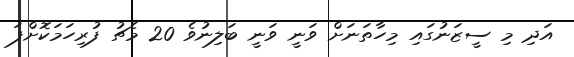
އަދި މި ސީޒަނުގައި މިހާތަނަށް ވަނީ ވަނީ ބަލިނުވެ 20 މެޗު ފުރިހަމަކޮށްފަ